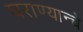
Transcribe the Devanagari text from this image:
घराण्यान्चे